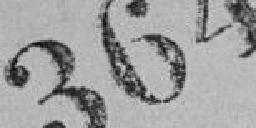
364